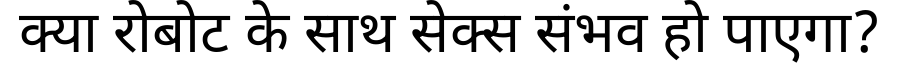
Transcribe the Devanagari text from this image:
क्या रोबोट के साथ सेक्स संभव हो पाएगा?